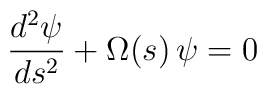
{{d^2\psi}\over{ds^2}}+ \Omega (s)\, \psi =0